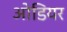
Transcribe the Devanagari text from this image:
ओडियर